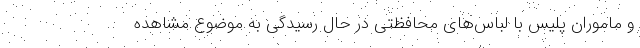
و ماموران پلیس با لباس‌های محافظتی در حال رسیدگی به موضوع مشاهده